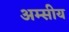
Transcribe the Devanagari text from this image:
अम्सीय